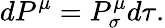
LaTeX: dP^{\mu}=P_{\sigma}^{\mu}d\tau.